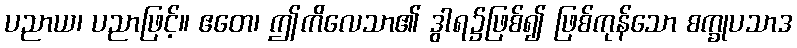
ပညာယ၊ ပညာဖြင့်။ ဧတေ၊ ဤကိလေသာ၏ ဒွါရ၌ဖြစ်၍ ဖြစ်ကုန်သော စက္ခုပသာဒ